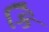
કિ